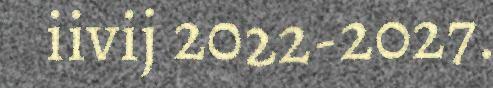
iivij 2022-2027.